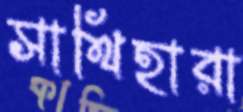
সাথিহারা